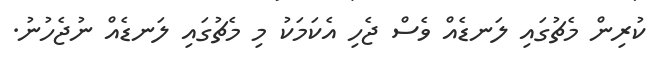
ކުރިން މެޗުގައި ލަނޑެއް ވެސް ޖެހި އެކަމަކު މި މެޗުގައި ލަނޑެއް ނުޖެހުނު.